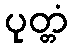
ပုတ္တံ